65_HS1-834228961_62-HQ-83894_Section_9
Agency: FBI
Page 51
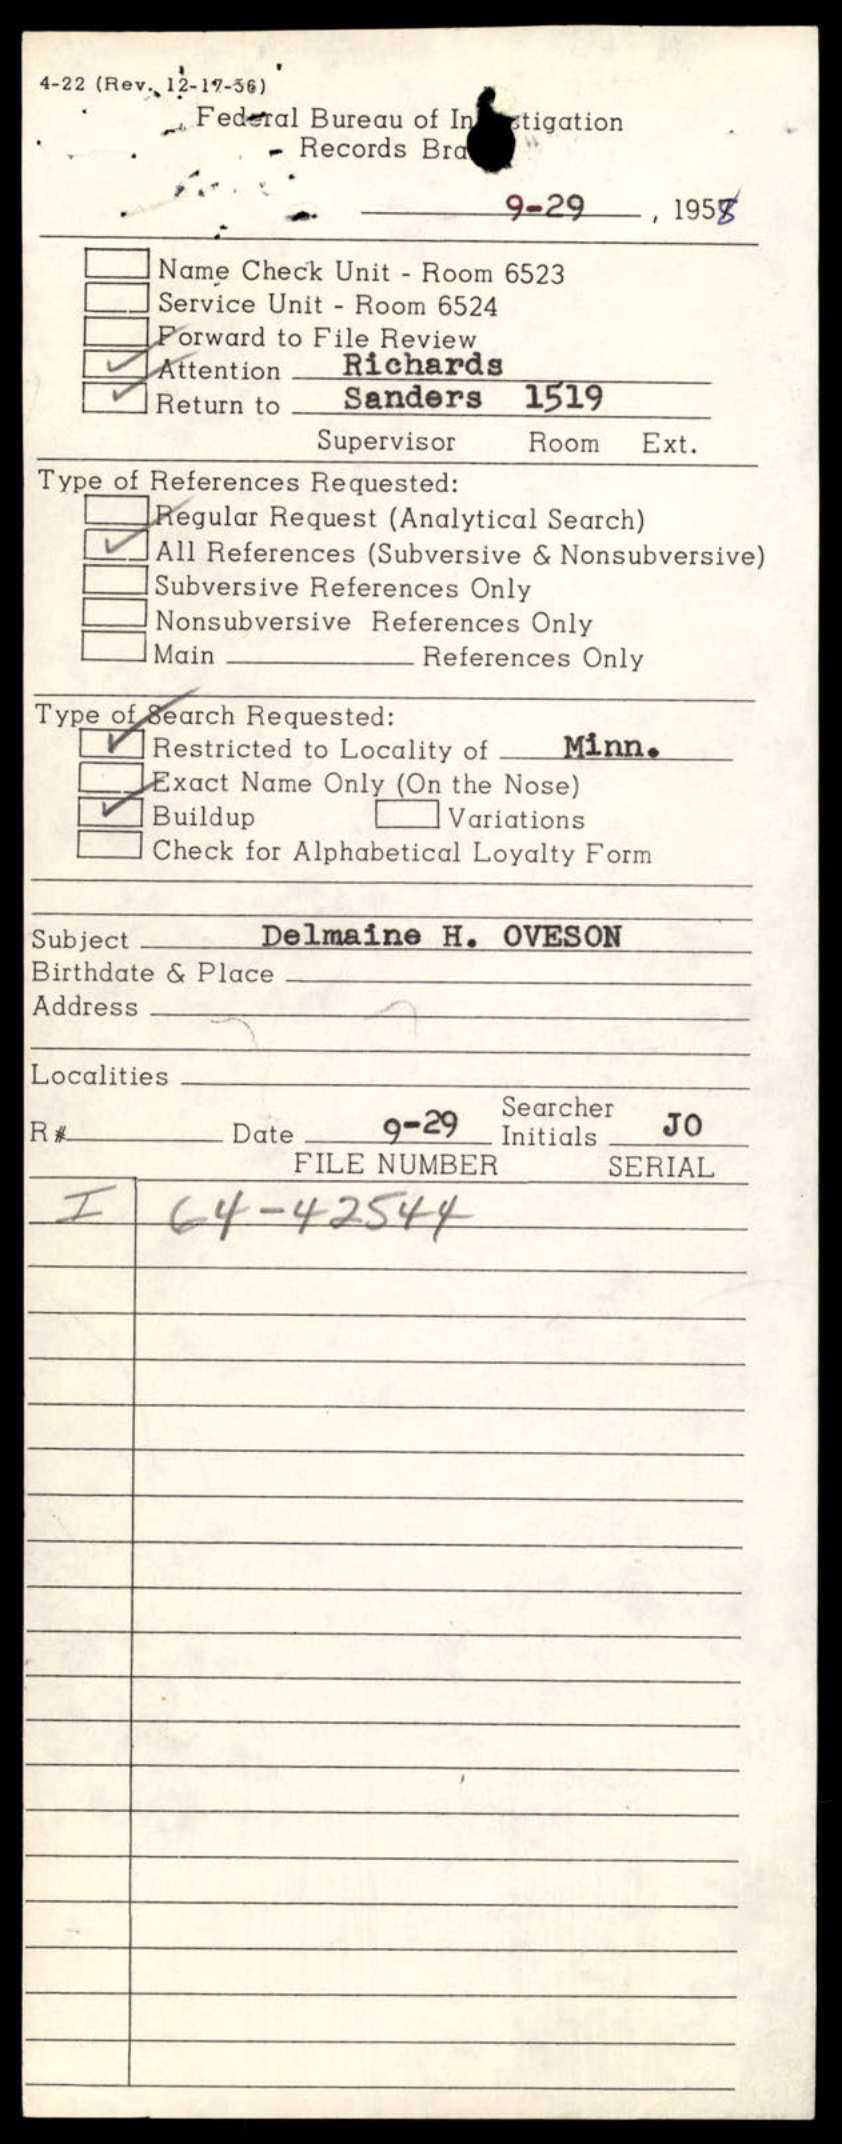